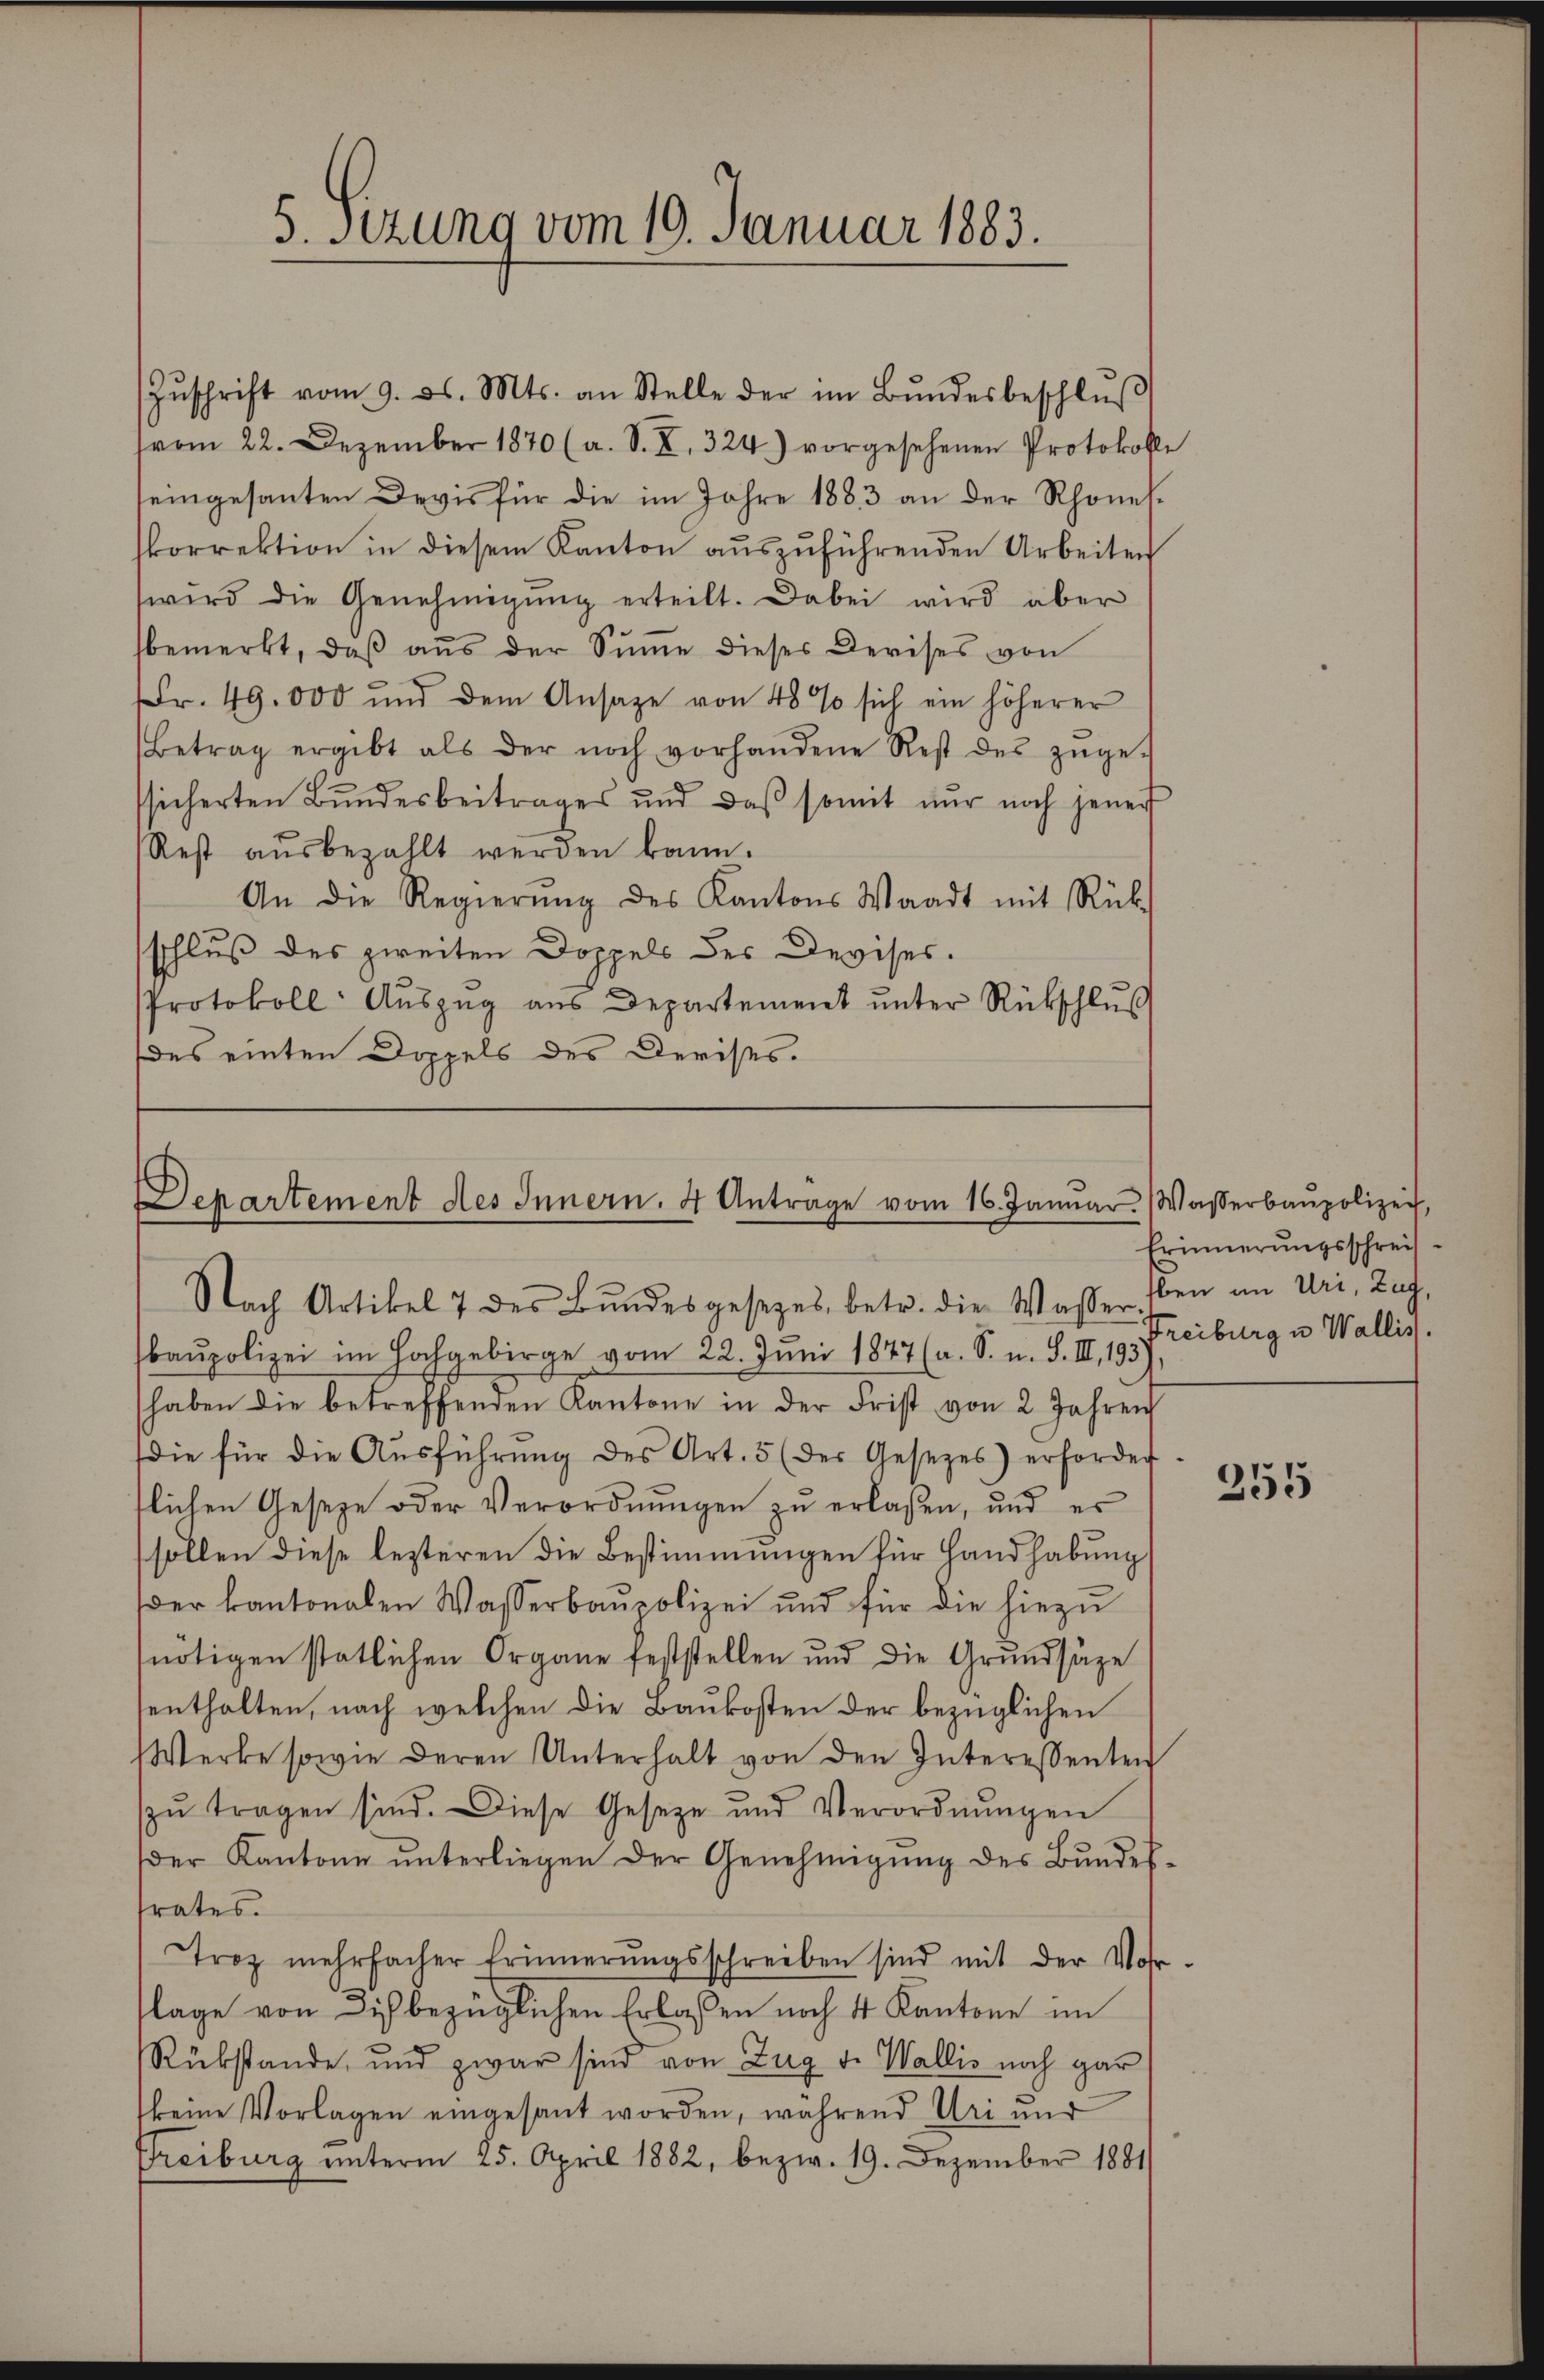
5. sezung vom 19. Januar 1883.

Zŭschrift vom 9. ds. Mts. an Stelle der im Bŭndesbeschlŭβ
(vom 22. Dezember 1870 (a. S. X. 324.) vorgesehenen Protokolle
eingesanten Devis für die im Jahre 1883 an der Rhonelskorrektion in diesem Kanton auszuführenden Arbeiten
wird die Genehmigŭng erteilt. Dabei wird aber
bemerkt, daβ aŭs der Sŭṁe dieses Devises von
Fr. 49. 000 und dem Ansatze von 48 % sich ein höherer
Betrag ergibt als der noch vorhandene Rest des zŭge-
ssicherten Bŭndesbeitrages und daβ somit nur noch jener
Rest aŭsbezahlt werden kann.
An die Regierŭng des Kantons Waadt mit Rük
schluß des zweiten Doppels des Devises.
Protokoll- Aŭszŭg aŭs Departement ŭnter Rückschlŭβ
(des einten Doppels des Deristes.

Departement des Innern. 4 Antrage vom 16. Januar. Wasserbaupolizei,
Nach Artikel 7 des Bŭndesgesetzes betr. die Wasser. Eben an Uri, Zug,

baupolizei im Hochgebirge vom 22. Juni 1847 (a. S. u. S. II., 193)
haben die betreffenden Kantone in der Frist von 2 Jahren
die für die Aŭsführŭng des Art. 3 (der Gesetzes) erforder
tlichen Gesetze oder Verordnungen zu erlaßen, und es
sollen diese lezteren die Bestimmungen für Handhabung
der kantonalen Wasserbaŭpolizei und für die hiezŭ
nötigen statlichen Organe feststellen und die Grŭndsäze
enthalten, nach welchen die Baukosten der bezüglichen
Werke sowie deren Unterhalt von den Interessenten
zŭ tragen sind. Diese Geseze und Verordnŭngen
der Kantone ŭnterliegen der Genehmigŭng des Bŭndes-
frates.
Troz mehrfacher Erinnerŭngsschreiben sind mit der Vor-
flage von dich bezüglichen Erlaßen noch 4 Kantone im
Rükstände, und zwar sind von Zug v. Wallis noch gar
keine Vorlagen eingesant worden, während Uri und
Freiburg unterm 25. April 1882, bezw. 19. Dezember 1881

Erinnerungsschreit
Freiburg in Wallis.

255